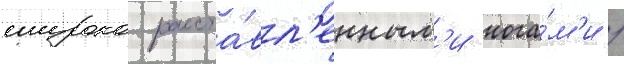
широко расста́вл'енным'и нога́м'и /